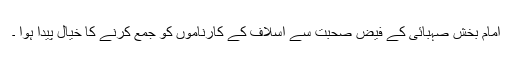
امام بخش صہبائی کے فیض صحبت سے اسلاف کے کارناموں کو جمع کرنے کا خیال پیدا ہوا ۔